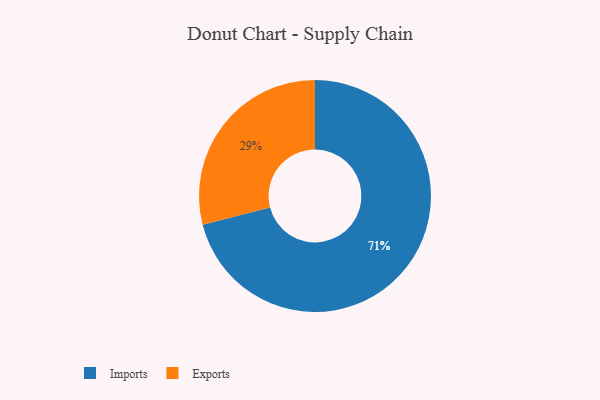
{"axis": {"x": "Category", "y": "Percentage"}, "legend": ["Exports", "Imports"], "data": [{"x": "Imports", "y": 71, "type": "Imports"}, {"x": "Exports", "y": 29, "type": "Exports"}]}